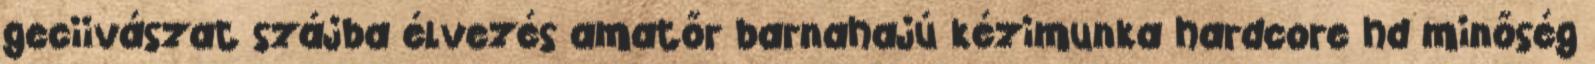
geciivászat szájba élvezés amatőr barnahajú kézimunka hardcore hd minőség